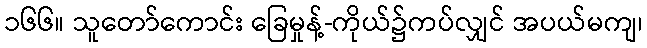
၁၆၆။ သူတော်ကောင်း ခြေမှုန့်-ကိုယ်၌ကပ်လျှင် အပယ်မကျ၊